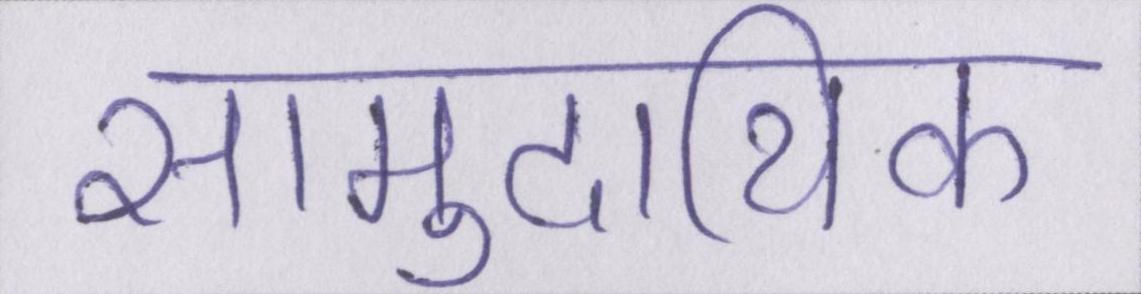
सामुदायिक